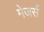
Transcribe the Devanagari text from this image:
मेजर्स